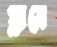
স্লাবে